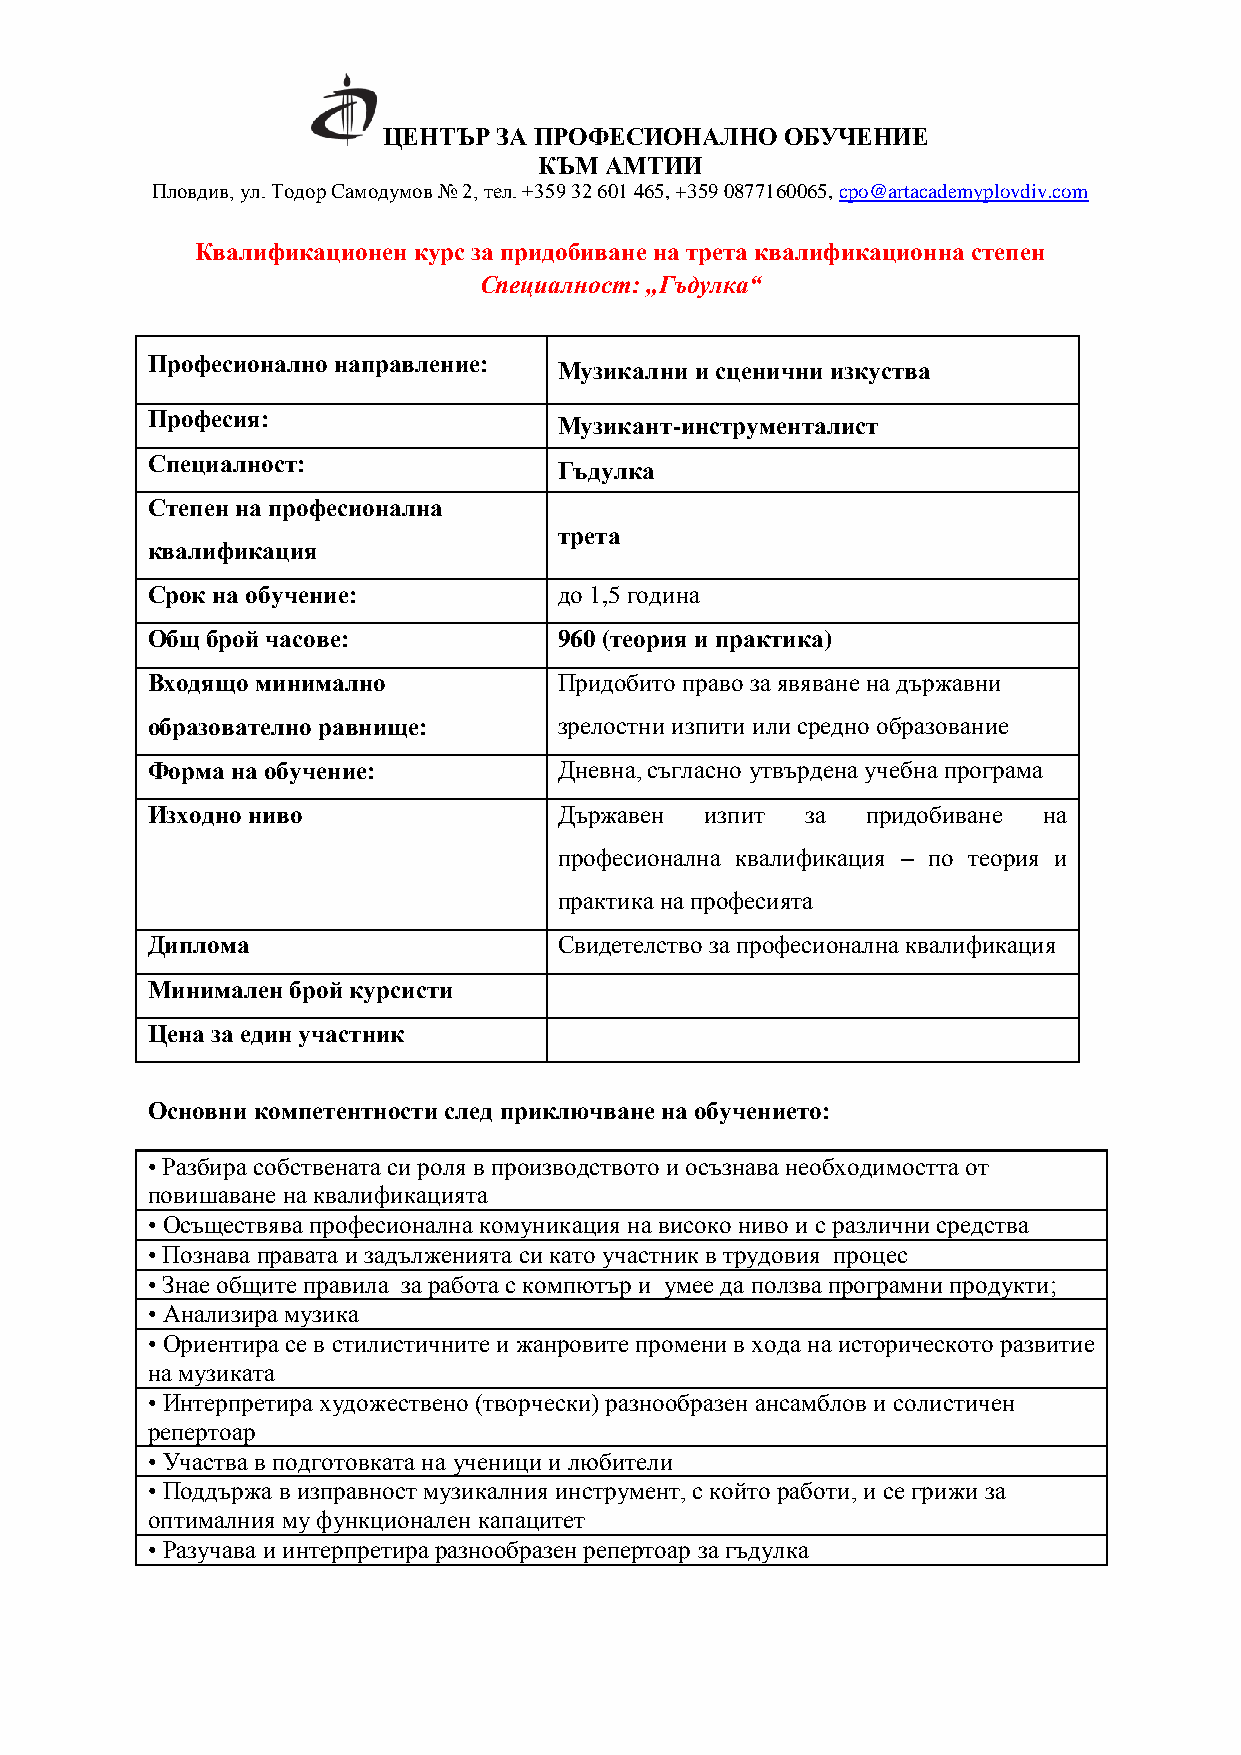
ЦЕНТЪР  ЗА ПРОФЕСИОНАЛНО   ОБУЧЕНИЕ
 КЪМ АМТИИ
 Пловдив, ул. Тодор Самодумов № 2, тел. +359 32 601 465, +359 0877160065, cpo@artacademyplovdiv.com
 Квалификационен курс за придобиване на трета квалификационна степен
 Специалност: „Гъдулка“
 Професионално направление:
 Музикални и сценични изкуства
 Професия:
 Музикант-инструменталист
 Специалност:
 Гъдулка
 Степен на професионална
 трета
 квалификация
 Срок на обучение:          до 1,5 година
 Общ брой часове:           960 (теория и практика)
 Входящо минимално          Придобито право за явяване на държавни
 образователно равнище:     зрелостни изпити или средно образование
 Форма на обучение:         Дневна, съгласно утвърдена учебна програма
 Изходно ниво               Държавен  изпит за  придобиване на
 професионална квалификация – по теория и
 практика на професията
 Диплома                    Свидетелство за професионална квалификация
 Минимален брой курсисти
 Цена за един участник
 Основни компетентности след приключване на обучението:
 • Разбира собствената си роля в производството и осъзнава необходимостта от
 повишаване на квалификацията
 • Осъществява професионална комуникация на високо ниво и с различни средства
 • Познава правата и задълженията си като участник в трудовия процес
 • Знае общите правила за работа с компютър и умее да ползва програмни продукти;
 • Анализира музика
 • Ориентира се в стилистичните и жанровите промени в хода на историческото развитие
 на музиката
 • Интерпретира художествено (творчески) разнообразен ансамблов и солистичен
 репертоар
 • Участва в подготовката на ученици и любители
 • Поддържа в изправност музикалния инструмент, с който работи, и се грижи за
 оптималния му функционален капацитет
 • Разучава и интерпретира разнообразен репертоар за гъдулка